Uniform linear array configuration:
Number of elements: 12
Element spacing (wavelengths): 0.25
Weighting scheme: uniform
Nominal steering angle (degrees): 45
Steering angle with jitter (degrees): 45.101
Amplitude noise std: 0.05
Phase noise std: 0.05

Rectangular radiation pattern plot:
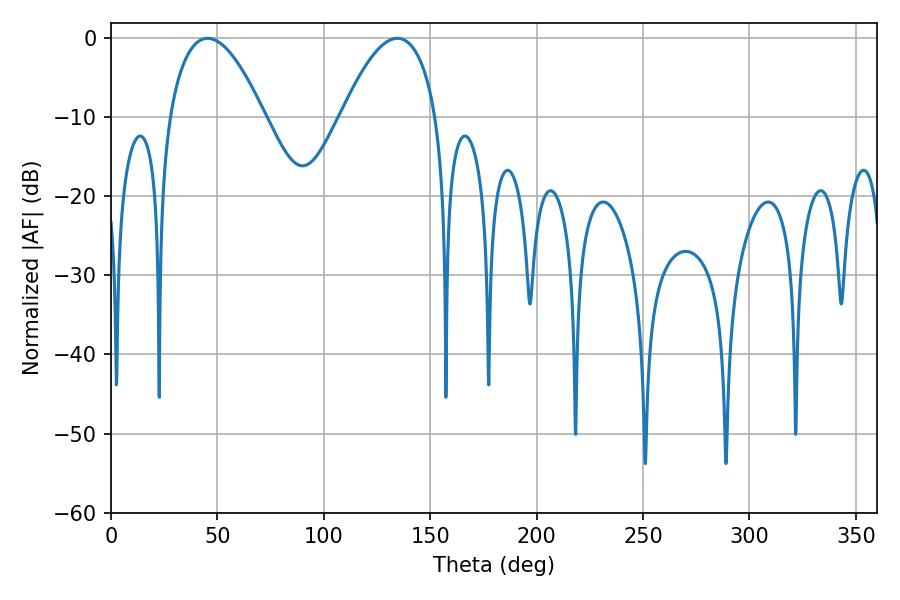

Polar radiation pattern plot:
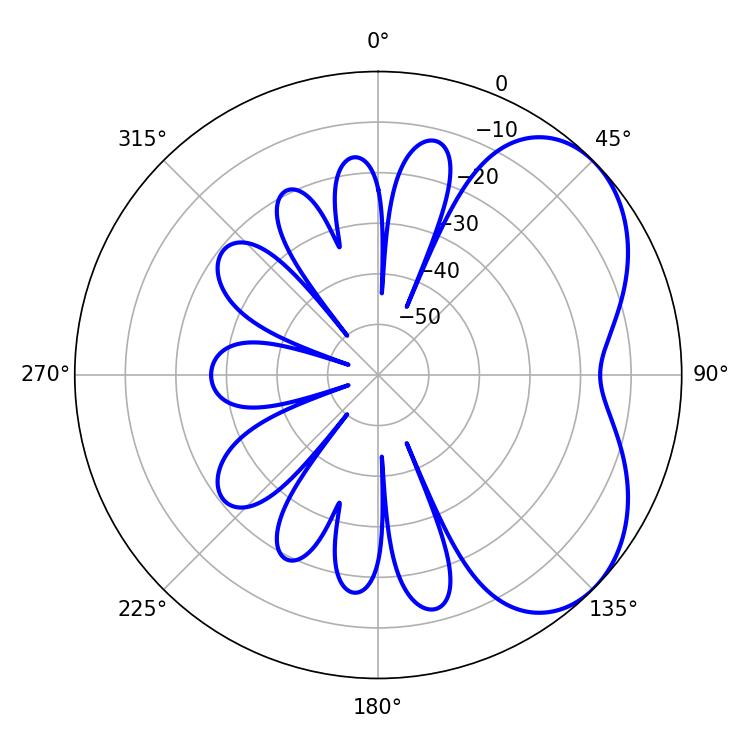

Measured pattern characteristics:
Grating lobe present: FALSE
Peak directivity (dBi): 4.668
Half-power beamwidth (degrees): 24.66
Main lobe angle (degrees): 45.36